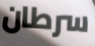
سرطان